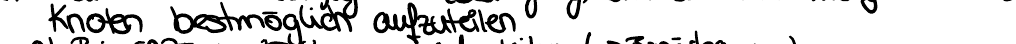
Knoten bestmöglich aufzuteilen